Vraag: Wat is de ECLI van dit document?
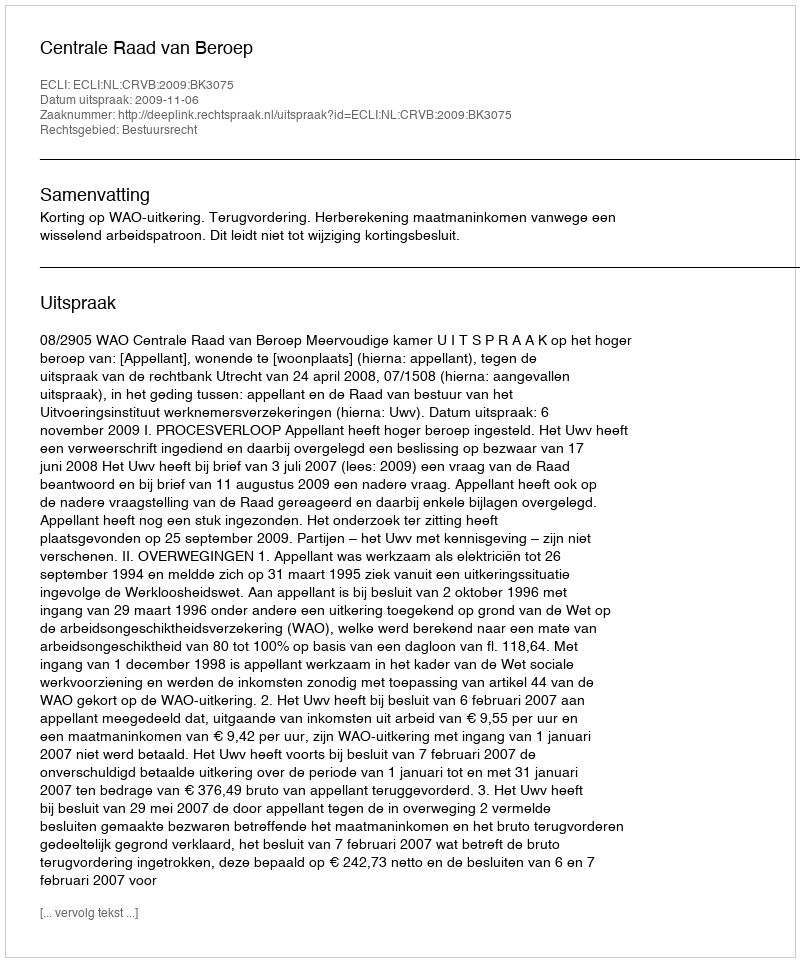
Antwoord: ECLI:NL:CRVB:2009:BK3075